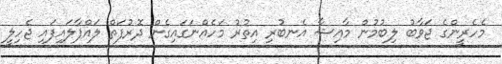
މެހެރީންގެ ޖަވާބު ލިބުމުން މާއިޝާ އެނބުރި އިތުރު މަހެއްނަގައިގެން ދޮރުފަތް ލައްޕާލައިފައި ޖެހިލީ